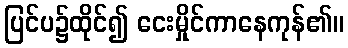
ပြင်ပ၌ထိုင်၍ ငေးမှိုင်ကာနေကုန်၏။